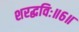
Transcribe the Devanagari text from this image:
शरद्धविः॥६॥